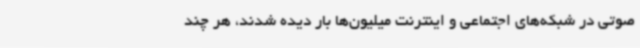
صوتی در شبکه‌های اجتماعی و اینترنت میلیون‌ها بار دیده شدند، هر چند